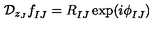
{ \cal D } _ { z _ { J } } f _ { I J } ^ { } = R _ { I J } ^ { } \exp ( i \phi _ { I J } ^ { } )